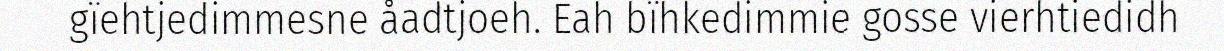
gïehtjedimmesne åadtjoeh. Eah bïhkedimmie gosse vierhtiedidh